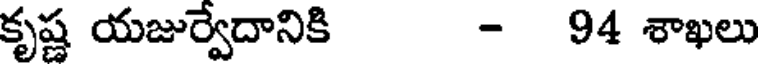
కృష్ణ యజుర్వేదానికి - 94 శాఖలు